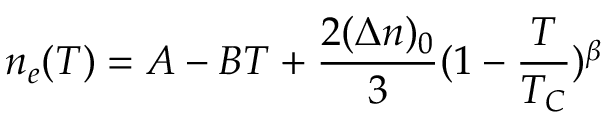
{ n _ { e } } ( T ) = A - B T + \frac { 2 ( \Delta { n } ) _ { 0 } } { 3 } ( 1 - \frac { T } { T _ { C } } ) ^ { \beta }